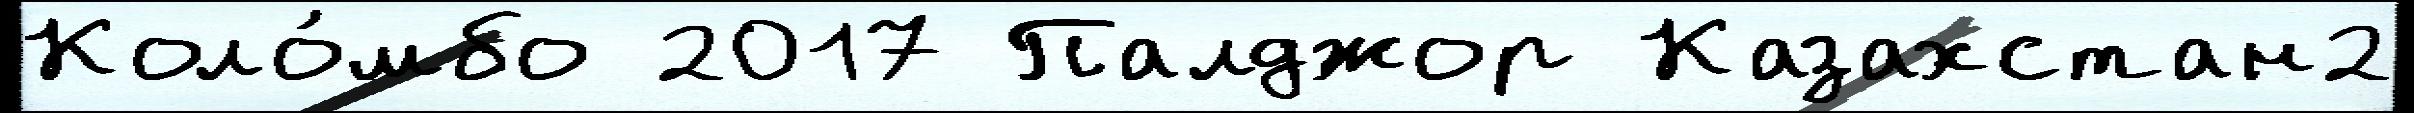
Коло́мбо 2017 Палджор Казахстан2